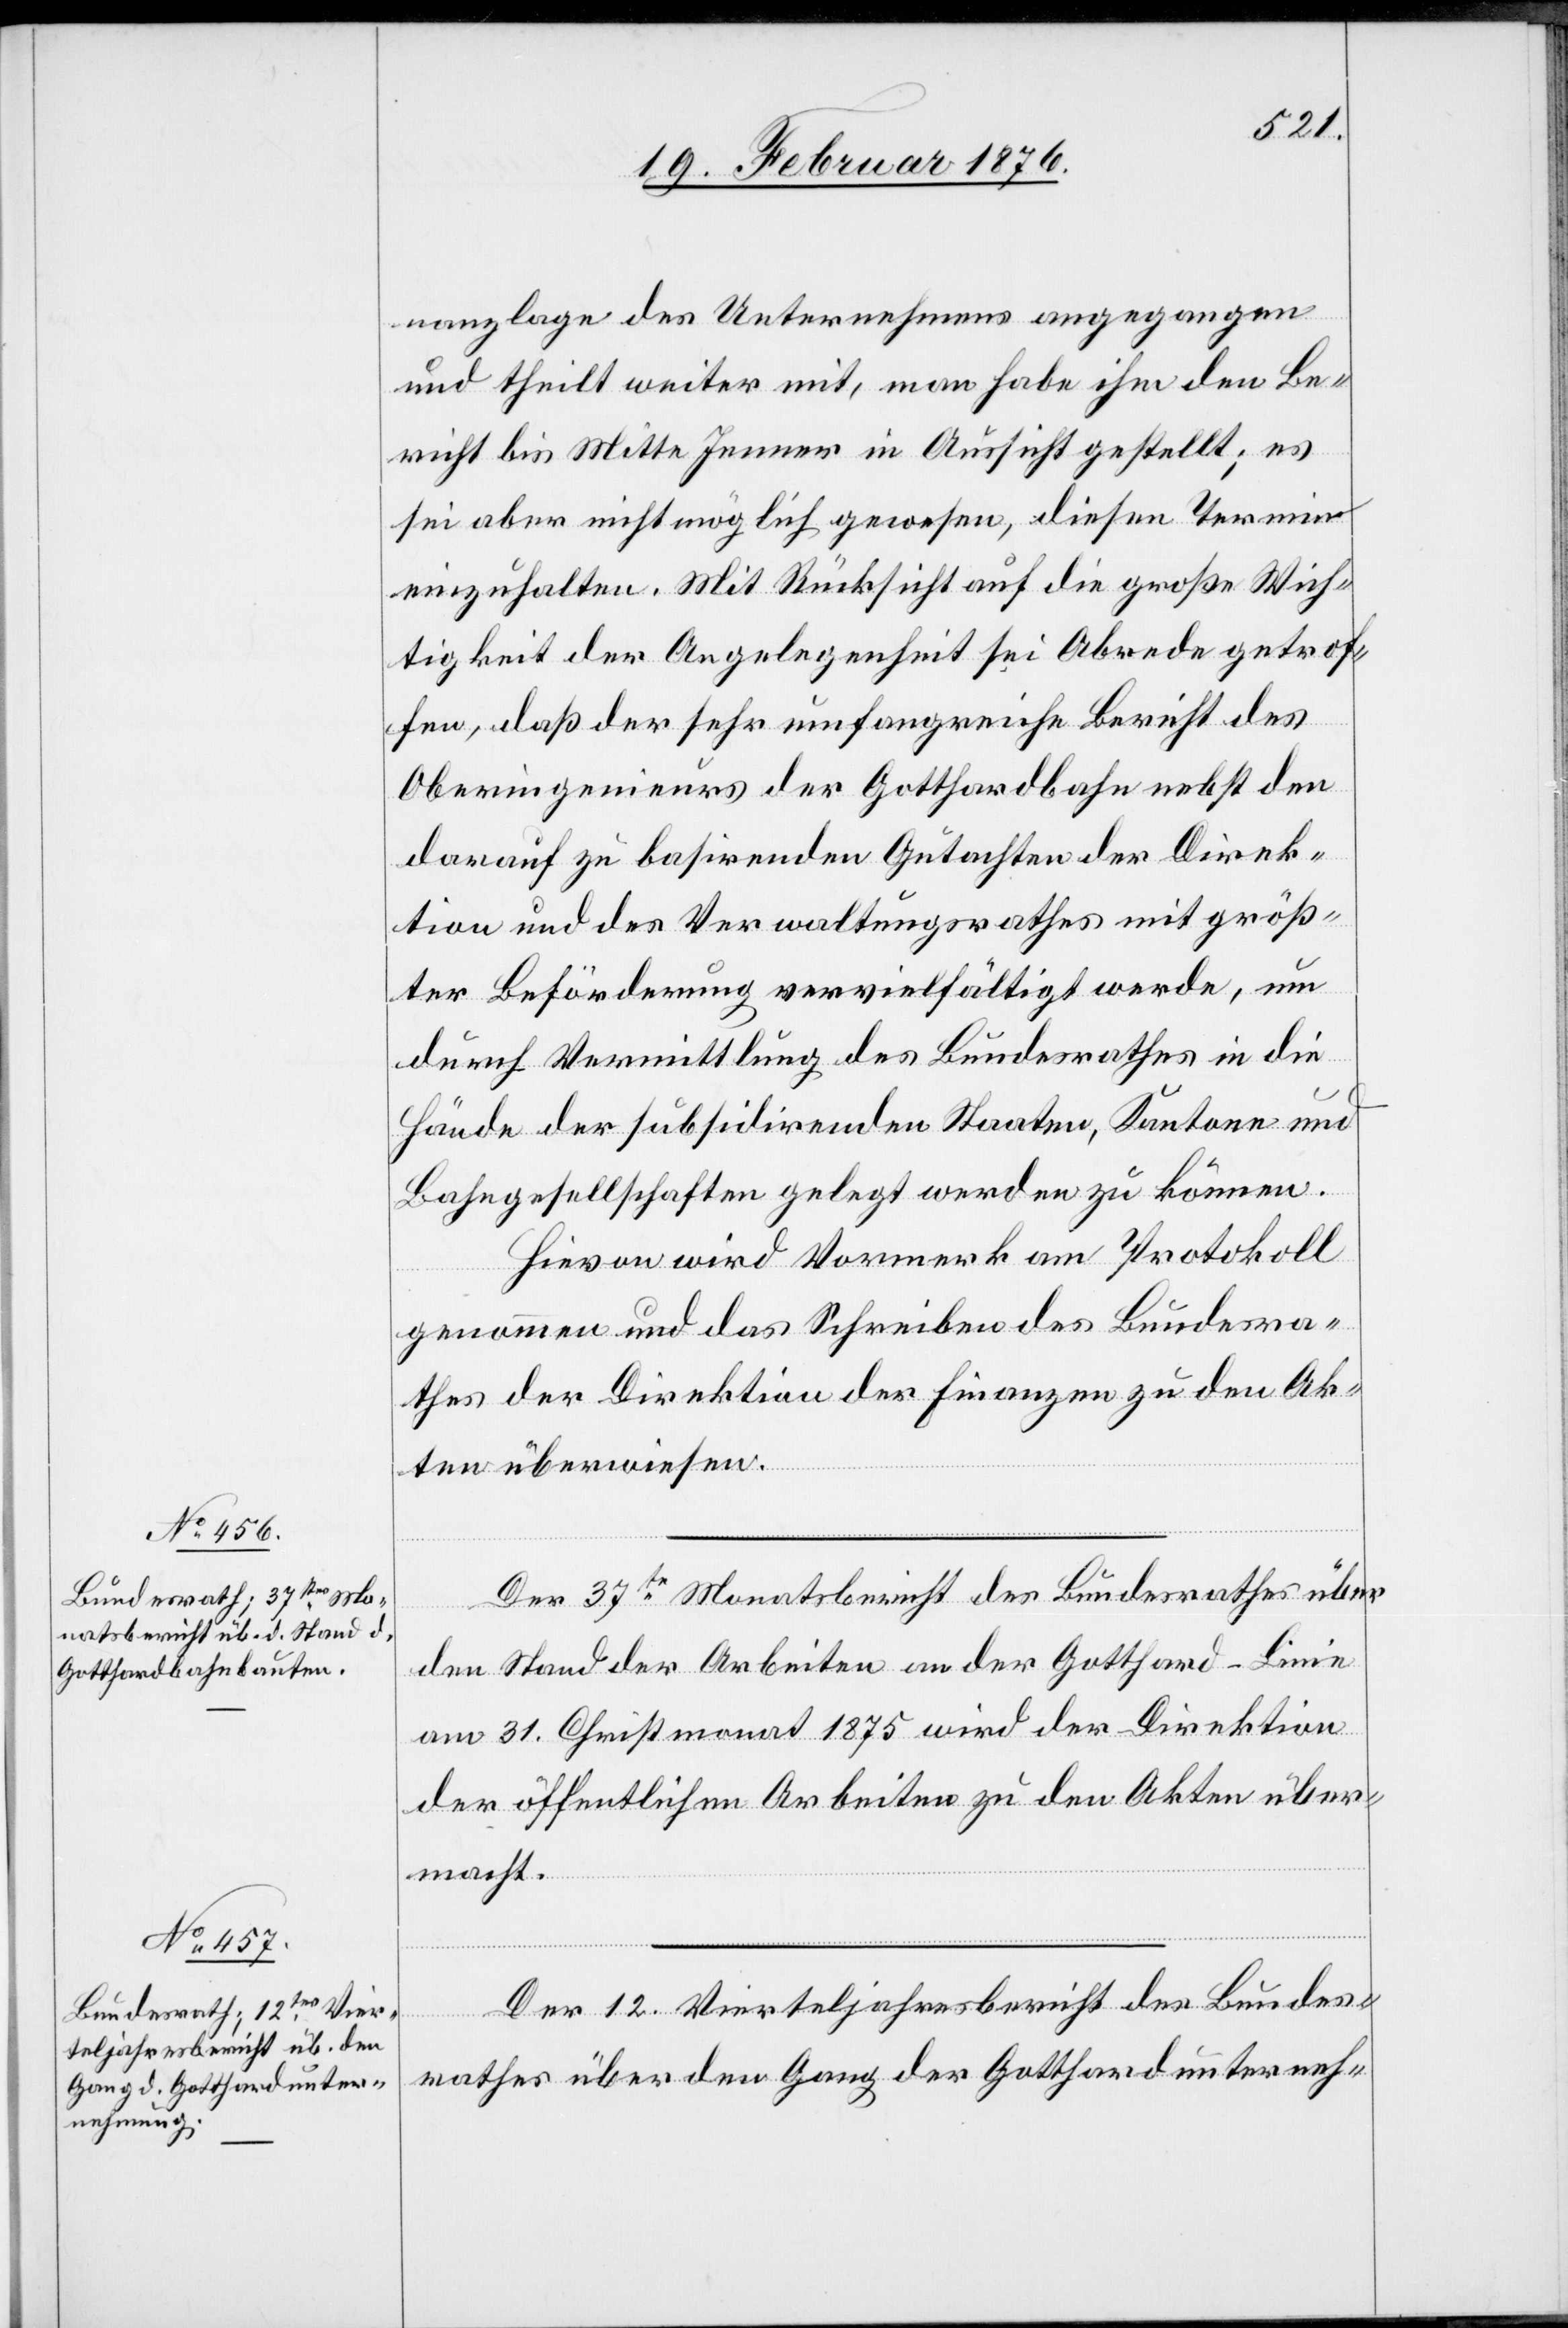
nanzlage des Unternehmens angegangen
und theilt weiter mit, man habe ihm den Be¬
richt bis Mitte Jenner in Aussicht gestellt; es
sei aber nicht möglich gewesen, diesen Termin
einzuhalten. Mit Rücksicht auf die große Wich¬
tigkeit der Angelegenheit sei Abrede getrof¬
fen, daß der sehr umfangreiche Bericht des
Oberingenieurs der Gotthardbahn nebst den
darauf zu basirenden Gutachten der Direk¬
tion und des Verwaltungsrathes mit größ¬
ter Beförderung vervielfältigt werde, um
durch Vermittlung des Bundesrathes in die
Hände der subsidirenden Staaten, Kantone und
Bahngesellschaften gelegt werden zu können.
Hievon wird Vormerk am Protokoll
genommen und das Schreiben des Bundesra¬
thes der Direktion der Finanzen zu den Ak¬
ten überwiesen.
Der 37te Monatsbericht des Bundesrathes über
den Stand der Arbeiten an der Gotthard-Linie
am 31. Christmonat 1875 wird der Direktion
der öffentlichen Arbeiten zu den Akten über¬
macht.
Der 12. Vierteljahresbericht des Bundes¬
rathes über den Gang der Gotthardunterneh-